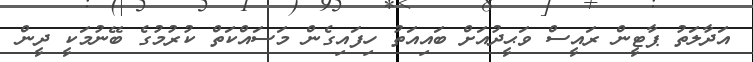
އަދާލަތު ޕާޓީން ރައީސް ވަޙީދުއަށް ބައިއަތު ހިފައިގެން މަސައްކަތް ކުރުމުގެ ބޭނުމަކީ ދީން